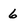
Character: 6